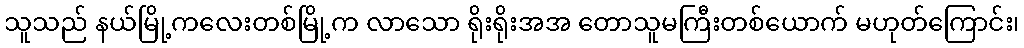
သူသည် နယ်မြို့ကလေးတစ်မြို့က လာသော ရိုးရိုးအအ တောသူမကြီးတစ်ယောက် မဟုတ်ကြောင်း၊